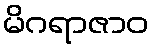
မိဂရာဇာဝ